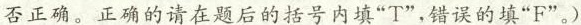
是否正确。正确的请在题后的括号内填”T”，错误的填”F”。)